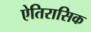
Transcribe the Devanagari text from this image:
ऐतिरासिक